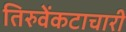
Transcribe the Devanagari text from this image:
तिरुवेंकटाचारी